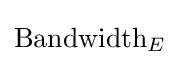
{\text{Bandwidth}}_{E}